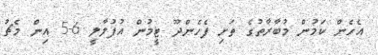
އެހެން ކަމުން މުބާރާތުގެ ތަށި ފެހެންދޫ ޓީމުން އުފުލާލީ 6-5 އިން މެޗު